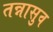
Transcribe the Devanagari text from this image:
तन्नासुव